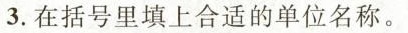
3.在括号里填上合适的单位名称。